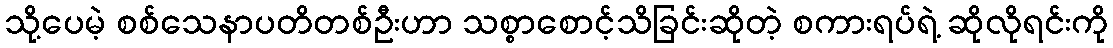
သို့ပေမဲ့ စစ်သေနာပတိတစ်ဦးဟာ သစ္စာစောင့်သိခြင်းဆိုတဲ့ စကားရပ်ရဲ့ ဆိုလိုရင်းကို